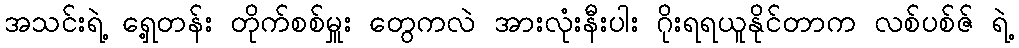
အသင်းရဲ့ ရှေ့တန်း တိုက်စစ်မှူး တွေကလဲ အားလုံးနီးပါး ဂိုးရရယူနိုင်တာက လစ်ပစ်ဇ် ရဲ့